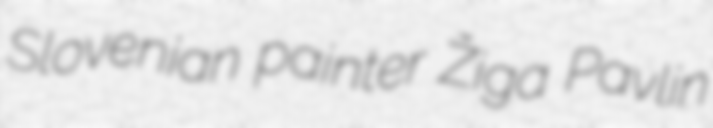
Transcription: Slovenian painter Žiga Pavlin